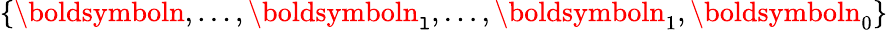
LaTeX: \{ \boldsymboln,\dots,\boldsymboln_{\mathtt{l}},\dots,\boldsymboln_{1},\boldsymboln_{0}\}